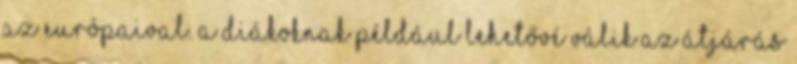
az európaival. A diákoknak például lehetővé válik az átjárás